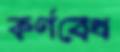
কর্ণবেধ